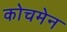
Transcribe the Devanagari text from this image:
कोचमेन